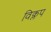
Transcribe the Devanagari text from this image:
विक्लप